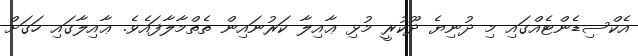
އެކްސިޑެންޓެއްގައި މި ދުނިޔެ ދޫކުރީ މުޅި ޢާއިލާ ކަރުނައިން ތެތްމާލާފައެވެ. ޢާއިލާގައި ހަގަށް